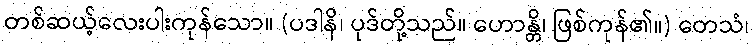
တစ်ဆယ့်လေးပါးကုန်သော။ (ပဒါနိ၊ ပုဒ်တို့သည်။ ဟောန္တိ၊ ဖြစ်ကုန်၏။) တေသံ၊